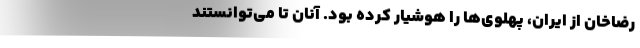
رضاخان از ایران، پهلوی‌ها را هوشیار کرده بود. آنان تا می‌توانستند